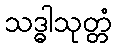
သဒ္ဓါသုတ္တံ